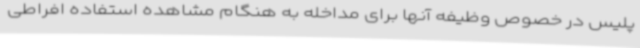
پلیس در خصوص وظیفه آنها برای مداخله به هنگام مشاهده استفاده افراطی